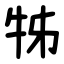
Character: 牬